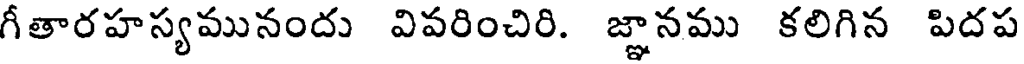
గీతారహస్యమునందు విపరించిరి. జ్ఞానము కలిగిన పిదప